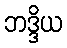
ဘဒ္ဒိယ